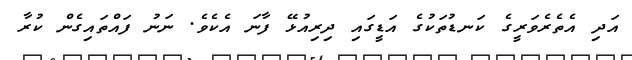
އަދި އެތެރެވަރީގެ ކަނޑުތަކުގެ އަަޑީގައި ދިރިއުޅޭ ފާނަ އެކެވެ. ނަނު ފައްތައިގެން ކުރާ